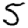
Digit: 5